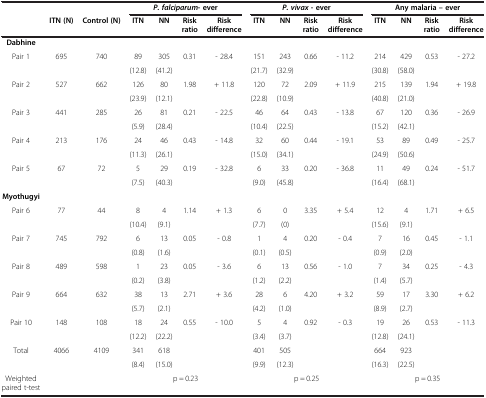
<table><thead><tr><td><b> </b></td><td><b> </b></td><td><b> </b></td><td colspan="4"><b><i>P. falciparum</i>- ever</b></td><td colspan="4"><b><i>P. vivax </i>- ever</b></td><td colspan="4"><b>Any malaria – ever</b></td></tr><tr><td><b> </b></td><td><b>ITN (N)</b></td><td><b>Control (N)</b></td><td><b>ITN</b></td><td><b>NN</b></td><td><b>Risk ratio</b></td><td><b>Risk difference</b></td><td><b>ITN</b></td><td><b>NN</b></td><td><b>Risk ratio</b></td><td><b>Risk difference</b></td><td><b>ITN</b></td><td><b>NN</b></td><td><b>Risk ratio</b></td><td><b>Risk difference</b></td></tr></thead><tbody><tr><td><b>Dabhine</b></td><td> </td><td> </td><td> </td><td> </td><td> </td><td> </td><td> </td><td> </td><td> </td><td> </td><td> </td><td> </td><td> </td><td> </td></tr><tr><td>Pair 1</td><td>695</td><td>740</td><td>89</td><td>305</td><td>0.31</td><td>- 28.4</td><td>151</td><td>243</td><td>0.66</td><td>- 11.2</td><td>214</td><td>429</td><td>0.53</td><td>- 27.2</td></tr><tr><td> </td><td> </td><td> </td><td>(12.8)</td><td>(41.2)</td><td> </td><td> </td><td>(21.7)</td><td>(32.9)</td><td> </td><td> </td><td>(30.8)</td><td>(58.0)</td><td> </td><td> </td></tr><tr><td>Pair 2</td><td>527</td><td>662</td><td>126</td><td>80</td><td>1.98</td><td>+ 11.8</td><td>120</td><td>72</td><td>2.09</td><td>+ 11.9</td><td>215</td><td>139</td><td>1.94</td><td>+ 19.8</td></tr><tr><td> </td><td> </td><td> </td><td>(23.9)</td><td>(12.1)</td><td> </td><td> </td><td>(22.8)</td><td>(10.9)</td><td> </td><td> </td><td>(40.8)</td><td>(21.0)</td><td> </td><td> </td></tr><tr><td>Pair 3</td><td>441</td><td>285</td><td>26</td><td>81</td><td>0.21</td><td>- 22.5</td><td>46</td><td>64</td><td>0.43</td><td>- 13.8</td><td>67</td><td>120</td><td>0.36</td><td>- 26.9</td></tr><tr><td> </td><td> </td><td> </td><td>(5.9)</td><td>(28.4)</td><td> </td><td> </td><td>(10.4)</td><td>(22.5)</td><td> </td><td> </td><td>(15.2)</td><td>(42.1)</td><td> </td><td> </td></tr><tr><td>Pair 4</td><td>213</td><td>176</td><td>24</td><td>46</td><td>0.43</td><td>- 14.8</td><td>32</td><td>60</td><td>0.44</td><td>- 19.1</td><td>53</td><td>89</td><td>0.49</td><td>- 25.7</td></tr><tr><td> </td><td> </td><td> </td><td>(11.3)</td><td>(26.1)</td><td> </td><td> </td><td>(15.0)</td><td>(34.1)</td><td> </td><td> </td><td>(24.9)</td><td>(50.6)</td><td> </td><td> </td></tr><tr><td>Pair 5</td><td>67</td><td>72</td><td>5</td><td>29</td><td>0.19</td><td>- 32.8</td><td>6</td><td>33</td><td>0.20</td><td>- 36.8</td><td>11</td><td>49</td><td>0.24</td><td>- 51.7</td></tr><tr><td> </td><td> </td><td> </td><td>(7.5)</td><td>(40.3)</td><td> </td><td> </td><td>(9.0)</td><td>(45.8)</td><td> </td><td> </td><td>(16.4)</td><td>(68.1)</td><td> </td><td> </td></tr><tr><td><b>Myothugyi</b></td><td> </td><td> </td><td> </td><td> </td><td> </td><td> </td><td> </td><td> </td><td> </td><td> </td><td> </td><td> </td><td> </td><td> </td></tr><tr><td>Pair 6</td><td>77</td><td>44</td><td>8</td><td>4</td><td>1.14</td><td>+ 1.3</td><td>6</td><td>0</td><td>3.35</td><td>+ 5.4</td><td>12</td><td>4</td><td>1.71</td><td>+ 6.5</td></tr><tr><td> </td><td> </td><td> </td><td>(10.4)</td><td>(9.1)</td><td> </td><td> </td><td>(7.7)</td><td>(0)</td><td> </td><td> </td><td>(15.6)</td><td>(9.1)</td><td> </td><td> </td></tr><tr><td>Pair 7</td><td>745</td><td>792</td><td>6</td><td>13</td><td>0.05</td><td>- 0.8</td><td>1</td><td>4</td><td>0.20</td><td>- 0.4</td><td>7</td><td>16</td><td>0.45</td><td>- 1.1</td></tr><tr><td> </td><td> </td><td> </td><td>(0.8)</td><td>(1.6)</td><td> </td><td> </td><td>(0.1)</td><td>(0.5)</td><td> </td><td> </td><td>(0.9)</td><td>(2.0)</td><td> </td><td> </td></tr><tr><td>Pair 8</td><td>489</td><td>598</td><td>1</td><td>23</td><td>0.05</td><td>- 3.6</td><td>6</td><td>13</td><td>0.56</td><td>- 1.0</td><td>7</td><td>34</td><td>0.25</td><td>- 4.3</td></tr><tr><td> </td><td> </td><td> </td><td>(0.2)</td><td>(3.8)</td><td> </td><td> </td><td>(1.2)</td><td>(2.2)</td><td> </td><td> </td><td>(1.4)</td><td>(5.7)</td><td> </td><td> </td></tr><tr><td>Pair 9</td><td>664</td><td>632</td><td>38</td><td>13</td><td>2.71</td><td>+ 3.6</td><td>28</td><td>6</td><td>4.20</td><td>+ 3.2</td><td>59</td><td>17</td><td>3.30</td><td>+ 6.2</td></tr><tr><td> </td><td> </td><td> </td><td>(5.7)</td><td>(2.1)</td><td> </td><td> </td><td>(4.2)</td><td>(1.0)</td><td> </td><td> </td><td>(8.9)</td><td>(2.7)</td><td> </td><td> </td></tr><tr><td>Pair 10</td><td>148</td><td>108</td><td>18</td><td>24</td><td>0.55</td><td>- 10.0</td><td>5</td><td>4</td><td>0.92</td><td>- 0.3</td><td>19</td><td>26</td><td>0.53</td><td>- 11.3</td></tr><tr><td> </td><td> </td><td> </td><td>(12.2)</td><td>(22.2)</td><td> </td><td> </td><td>(3.4)</td><td>(3.7)</td><td> </td><td> </td><td>(12.8)</td><td>(24.1)</td><td> </td><td> </td></tr><tr><td>Total</td><td>4066</td><td>4109</td><td>341</td><td>618</td><td> </td><td> </td><td>401</td><td>505</td><td> </td><td> </td><td>664</td><td>923</td><td> </td><td> </td></tr><tr><td> </td><td> </td><td> </td><td>(8.4)</td><td>(15.0)</td><td> </td><td> </td><td>(9.9)</td><td>(12.3)</td><td> </td><td> </td><td>(16.3)</td><td>(22.5)</td><td> </td><td> </td></tr><tr><td>Weighted paired t-test</td><td> </td><td> </td><td colspan="4">p = 0.23</td><td colspan="4">p = 0.25</td><td colspan="4">p = 0.35</td></tr></tbody></table>